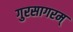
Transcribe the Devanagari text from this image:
गुरसागरम्